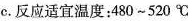
c.反应适宜温度：480~520^{\circ}C